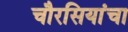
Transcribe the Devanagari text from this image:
चौरसियांचा